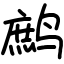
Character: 鹧